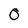
Character: 0